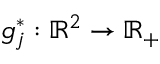
g _ { j } ^ { \ast } : \mathbb { R } ^ { 2 } \to \mathbb { R } _ { + }